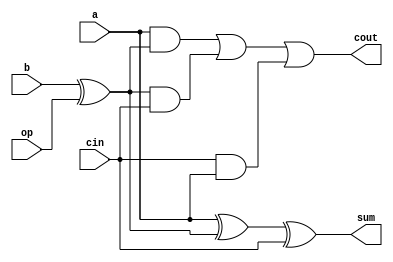
`timescale 1ns / 1ps
//////////////////////////////////////////////////////////////////////////////////
// Company: 
// Engineer: 
// 
// Design Name: 
// Module Name:    onebit 
// Project Name: 
// Target Devices: 
// Tool versions: 
// Description: 
//
// Dependencies: 
//
// Revision: 
// Revision 0.01 - File Created
// Additional Comments: 
//
//////////////////////////////////////////////////////////////////////////////////
module one(a,b,op,cin,sum,cout);
        input a;
        input b;
        input cin;
        input op;
        output sum;
        wire sum;
        output cout;
        wire cout;
        assign sum=a^(b^op)^cin;
        assign cout=(a&(b^op))|((b^op)&cin)|(cin&a);
endmodule